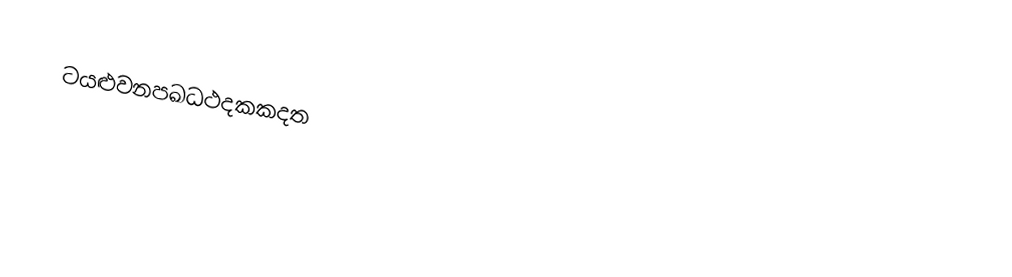
ටයළුවනපඛධථදකකදත